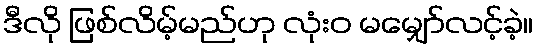
ဒီလို ဖြစ်လိမ့်မည်ဟု လုံးဝ မမျှော်လင့်ခဲ့။